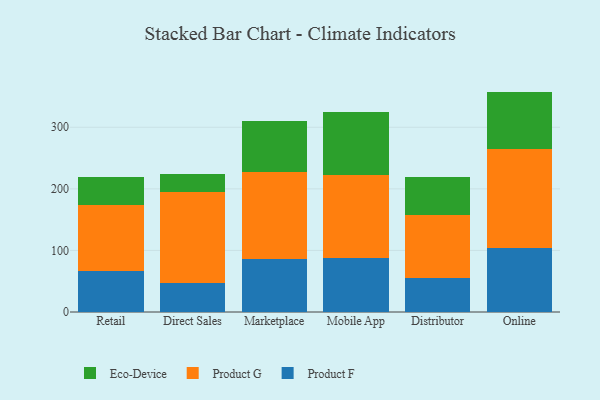
{"axis": {"x": "Channel", "y": "Tickets Resolved"}, "legend": ["Eco-Device", "Product F", "Product G"], "data": [{"x": "Retail", "y": 66.6, "type": "Product F"}, {"x": "Retail", "y": 107.1, "type": "Product G"}, {"x": "Retail", "y": 46.3, "type": "Eco-Device"}, {"x": "Direct Sales", "y": 47.6, "type": "Product F"}, {"x": "Direct Sales", "y": 147.8, "type": "Product G"}, {"x": "Direct Sales", "y": 29.5, "type": "Eco-Device"}, {"x": "Marketplace", "y": 86.1, "type": "Product F"}, {"x": "Marketplace", "y": 141.6, "type": "Product G"}, {"x": "Marketplace", "y": 82.4, "type": "Eco-Device"}, {"x": "Mobile App", "y": 87.5, "type": "Product F"}, {"x": "Mobile App", "y": 134.2, "type": "Product G"}, {"x": "Mobile App", "y": 102.3, "type": "Eco-Device"}, {"x": "Distributor", "y": 55.7, "type": "Product F"}, {"x": "Distributor", "y": 101.6, "type": "Product G"}, {"x": "Distributor", "y": 61.3, "type": "Eco-Device"}, {"x": "Online", "y": 103.4, "type": "Product F"}, {"x": "Online", "y": 161.4, "type": "Product G"}, {"x": "Online", "y": 93.1, "type": "Eco-Device"}]}